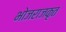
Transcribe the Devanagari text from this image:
भोजराजकृत